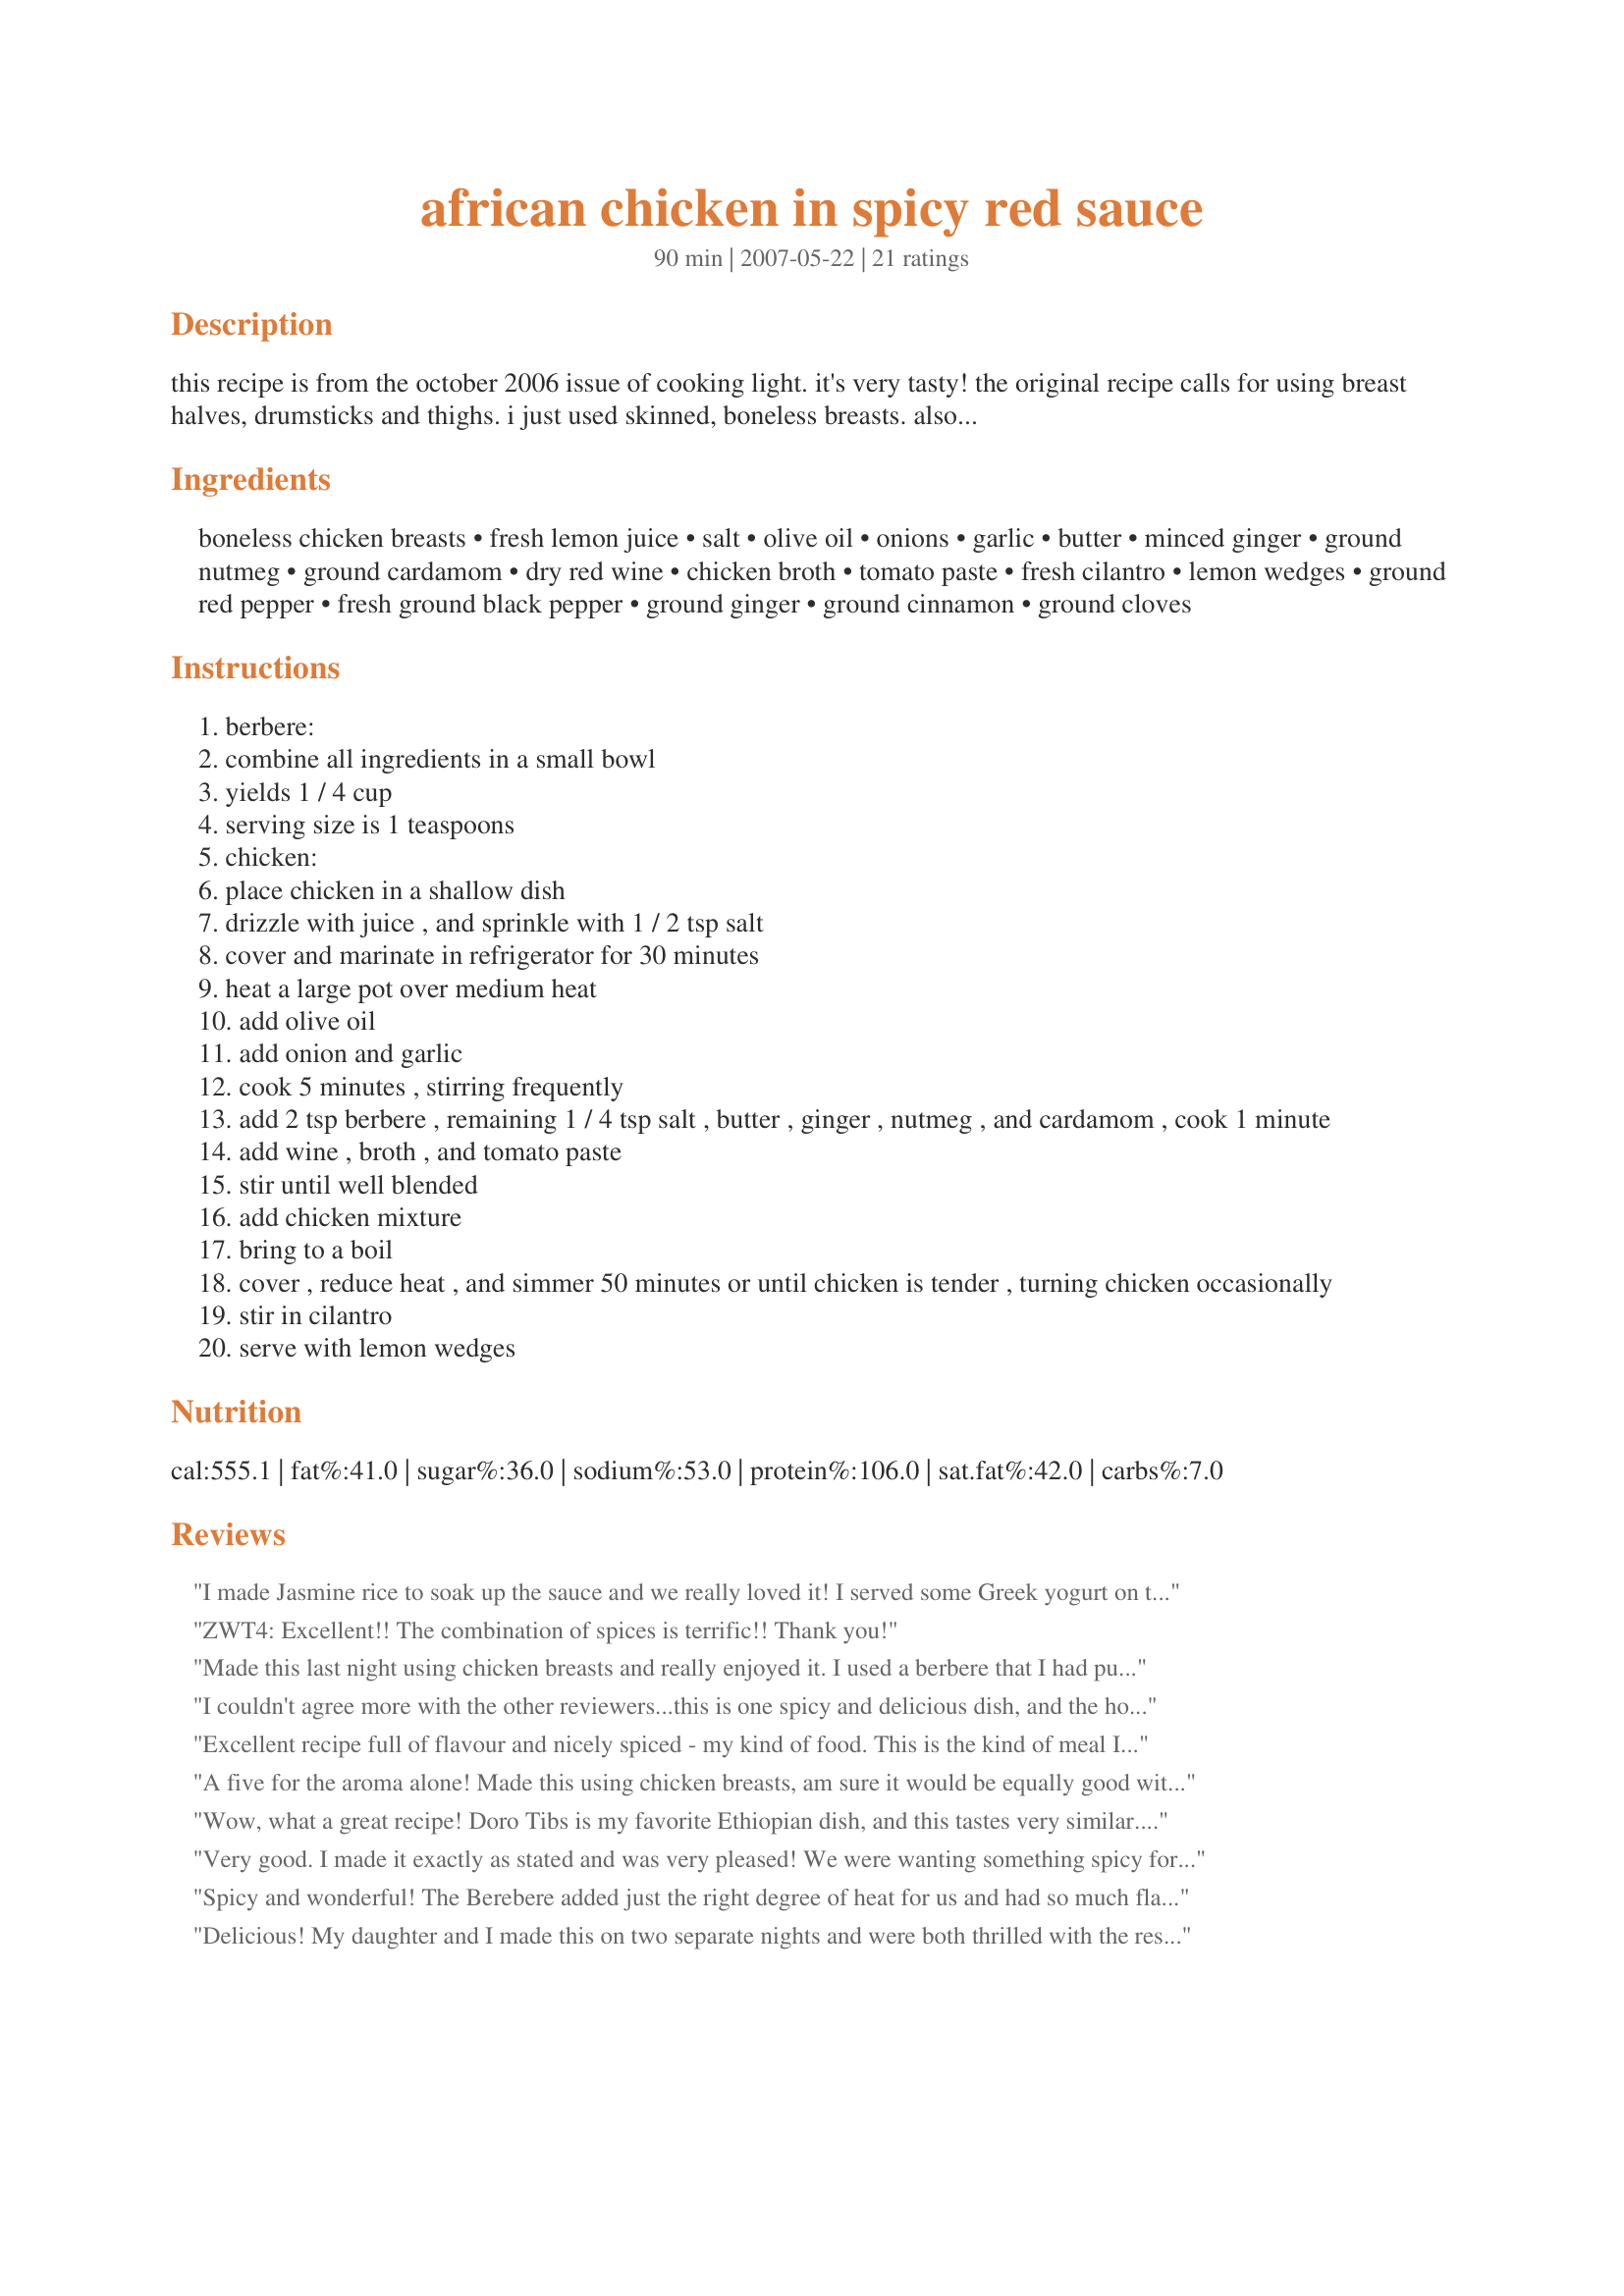
african chicken in spicy red sauce
Preparation time: 90 minutes

this recipe is from the october 2006 issue of cooking light. it's very tasty! the original recipe calls for using breast halves, drumsticks and thighs. i just used skinned, boneless breasts. also, used olive oil instead of cooking spray. this is their description - " this flavourful ethipian-inspired chicken stew uses berbere, an ethiopian spice blend. store extra spice mix covered in a cool, dark place for up to two weeks. use leftovers on salmon, flank steak, or chicken for fiery flavour. serve with basmati rice. **prep time includes marinating time
*additional tip*- maidinafrica suggested swirling a bit of plain yogurt on top just before serving so we tried that - it's really good and the contrast of colours swirled together makes for a very pretty presentation!

Ingredients:
boneless chicken breasts, fresh lemon juice, salt, olive oil, onions, garlic, butter, minced ginger, ground nutmeg, ground cardamom, dry red wine, chicken broth, tomato paste, fresh cilantro, lemon wedges, ground red pepper, fresh ground black pepper, ground ginger, ground cinnamon, ground cloves

Steps:
berbere:
combine all ingredients in a small bowl
yields 1 / 4 cup
serving size is 1 teaspoons
chicken:
place chicken in a shallow dish
drizzle with juice , and sprinkle with 1 / 2 tsp salt
cover and marinate in refrigerator for 30 minutes
heat a large pot over medium heat
add olive oil
add onion and garlic
cook 5 minutes , stirring frequently
add 2 tsp berbere , remaining 1 / 4 tsp salt , butter , ginger , nutmeg , and cardamom , cook 1 minute
add wine , broth , and tomato paste
stir until well blended
add chicken mixture
bring to a boil
cover , reduce heat , and simmer 50 minutes or until chicken is tender , turning chicken occasionally
stir in cilantro
serve with lemon wedges

Reviews:
I made Jasmine rice to soak up the sauce and we really loved it! I served some Greek yogurt on the side to dip my chicken in as I ate. Yum!
ZWT4: Excellent!! The combination of spices is terrific!! Thank you!
Made this last night using chicken breasts and really enjoyed it. I used a berbere that I had purchased at a spice store. I thought the dish was really flavorful and I will definitely make it again. Thanks!
I couldn't agree more with the other reviewers...this is one spicy and delicious dish, and the house does smell amazing while it cooks! Because I didn't have the time to tend to the pot for simmering, I cooked the chicken on low in my crockpot and this seemed to work well, but probably left me with more sauce than if I had cooked it on the stove. No worries, none will go to waste, as I plan on adding a little chicken broth to the leftover chicken and sauce to make a soup for lunch...this was way to good not to use up every speck.
Excellent recipe full of flavour and nicely spiced - my kind of food. This is the kind of meal I would serve at a dinner party then sit back and wait for the compliments. Mixing the Berbere reminded me of exotic spice markets and made the kitchen smell wonderful. The recipe was easy to follow although you have to check the larder to make sure you have all the ingredients. I might add a touch of plain yogurt at the end of cooking time to give a creamy finish.
Thanks for this recipe Debi; I will be looking out for more on your page.
A five for the aroma alone! Made this using chicken breasts, am sure it would be equally good with chicken pieces. Loved the Berbere. Other then stirring in only a small amount of the fresh cilantro I made as posted. Slowly introducing my family to cilantro - I love cilantro and had a bowl of the freshly snipped cilantro on the table ... just for me! Didn't have plain yogurt on hand but will try MaidinAfricas suggestion next time around. Thank you for sharing this exotic tasting recipe which we all enjoyed.
Wow, what a great recipe! Doro Tibs is my favorite Ethiopian dish, and this tastes very similar. I did have to use cranberry juice instead of wine though, as I got carded for the wine and left my ID at home so they wouldn't sell it to me! Next time I will use the wine, but it was a delicious dish even without it. I love the heat level especially - it has just the right amount for me. Thanks for sharing this.
Very good. I made it exactly as stated and was very pleased! We were wanting something spicy for dinner and this hit the spot!
Spicy and wonderful! The Berebere added just the right degree of heat for us and had so much flavor. I loved this and will gladly make it again sometime. Thanks for posting!
Delicious! My daughter and I made this on two separate nights and were both thrilled with the results. To extend the number of servings, I added some diced zucchini in the last 20 minutes. Yummo!
Wow, that was a surprise! I&#039;m an Indian and Thai curry lover, but had never tried anything like this, fantastically fragrant and rich flavour. This is one I definitely will be making again.
Absolutely delicious and a recipe I will make many times again, this was right up my alley, it has it all extreme spice and tons of flavor, I made this using skin-on chicken thighs, thanks for sharing this great recipe Beautiful BC!
This was quite good and I would make it again with a few adjustments. I found the sauce to be too thin, so I would cook it longer with lid off to reduce the liquid, or thicken with a little rice flour (I am gluten intolerant). The blend of spices was aromatic and very tasty. But, still felt like it needed a little &quot;something&quot; to give it 5 stars.
Outstanding. I didn't have wine so I used red wine vinegar. I also put everything in crock pot on low after all ready to simmer. the chicken breasts fell apart and we used injera bread to eat it with. YUMMY!
This chicken is so good. And the smell also while cooking. I did half the recipe. I used chicken legs bone-in and skin on. I know that it would have been better with boneless skinless, but that's what I had in the fridge. I added a little bit more olive oil than requested. I used 1 small onion. Instead of the red wine, I used unsweetened cranberry juice. I used no sodium chicken broth. I used a small can of tomato paste even if only 3 ounces was needed. I didn't want to measure. I love the taste of the sauce with the spices. That's a perfect combination and mixed to the cranberry juice and tomato :P Thanks Beautiful BC. Made for the Babes of ZWT4
BC~ I bet you were waiting for me to find my way to this divine recipe that *shouts* taste explosion in your palette. I followed this exactly, except I had a bone/in and chicken breast that also included the skin. I browned the chicken on both sides first, (after the brining) and emerged this well into the delightfully, spicy, Berbere and sauce and let it simmer happily away until the kitchen thermometer registered 180. I would give this a stir from time to time, and could hardly wait until it was time to devour. Oh yes, I used green onions instead of onion. The Berbere was fabulous! I can't say enough about this wonderful recipe and will make it quite often. Thanks BC! Made for *ZWT4* June 200.
This was one of the most flavorful chicken recipes I've made in a long time! Highly recommend! The aroma while its cooking is amazing.. I will def be doing this one often.. thanks for posting!
NOTE TO SELF, TRUE!
NEVER make recipes when am tired too!
When read "Combine all ingredients", yes I did,
In the fridge for 45 minutes it marinated and hide! LOL
OK, So when realised mistake, this is what to do,
Drain chicken and onions, CATCH REST OF SAUCE IN A PAN, true!
Frypan on HIGH, away you go,
Dump chicken and onions, do NOT stir right away, I SAY SO! LOL
About every 2 1/2 minutes turn away,
This recipe will make your day!
I did this for about 10 minutes, TRUE!
It did have SOME liquid in but that didn't hinder this too!
Used HOT cayenne, spiced black pepper, personal taste for me!
Did I mention, this is a GREAT recipe!
Then added BERBERE spices into chicken for one minute, true!
Dumped rest of sauce into!
50 minutes, simmered away,
Added green beans towards end, 
THIS RECIPE MAKE MY DAY!
THANKS!
NOTE: Used 3 packs of 2 Tabsp each tomato paste, chicken breast pieces cut into small bite sizes.....
So good! I made some small alterations due to personal preference. Used margarine instead of butter since I do not mix meat and dairy. Furthermore I used allspice instead of nutmeg and I "chickened" out on the berbere and used 1tbs cayenne pepper and 1tbs sweet paprika instead of the 2tbs ground red pepper. We had it over rice and it was perfect.<br/>It freezes well too.<br/>Thanks for posting.
Very good.... I did cut the amount of red pepper in half ( 1 Tbsp) for the berbere; out of respect for my wife and replaced it with smoked paprika. I also used boneless skinless chicken thighs cut in half and I added sliced zucchini during the last 5 minutes of cooking. Cooking time was 40 minutes. It was very nice over Basmati rice.
Excellent recipe! The sauce had such a rich flavour, and the chicken was so tender. I used boneless skinless thighs instead of breasts, and I substituted the ground red pepper with cayenne. Very tasty. Thanks Beautiful BC! Made for ZWT 4.
